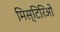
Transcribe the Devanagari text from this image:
मिस्टिरिओ